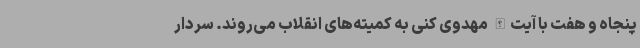
پنجاه و هفت با آیت‌الله مهدوی کنی به کمیته‌های انقلاب می‌روند. سردار